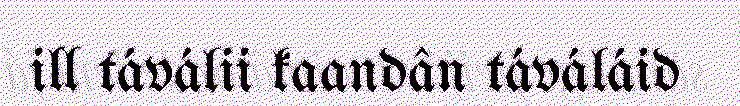
ill táválii kaandân táváláid